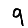
Digit: 9